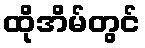
ထိုအိမ်တွင်